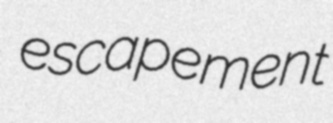
escapement